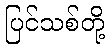
ပြင်သစ်တို့